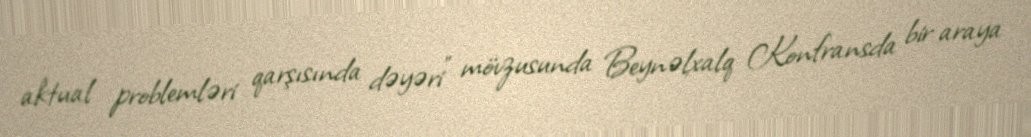
aktual problemləri qarşısında dəyəri” mövzusunda Beynəlxalq Konfransda bir araya